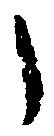
之